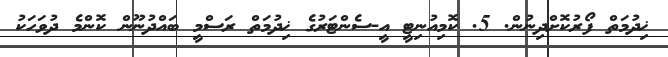
ޚިދުމަތް ފޯރުކޮށްދިނުން. 5. ކޮމިއުނިޓީ އީ-ސެންޓަރުގެ ޚިދުމަތް ރަސްމީ ބައްދުނޫން ކޮންމެ ދުވަހަކު